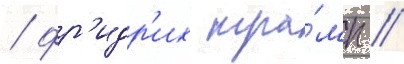
/ фр'идр'их тра́мп /